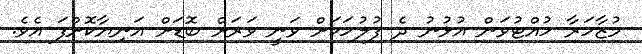
މުޒާހަރާ ހުއްޓުވަން އުޅުނު ދެ ފުލުހަކަށް ވަނީ ވަރަށް ބޮޑަށް އަނިޔާކޮށްފަ އެވެ.